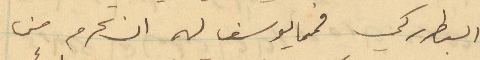
البطريركي فيما يوسف له ان تحرم من